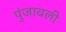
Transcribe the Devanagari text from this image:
पुंजावली